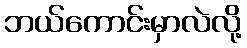
ဘယ်ကောင်းမှာလဲလို့